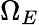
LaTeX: \Omega_{E}